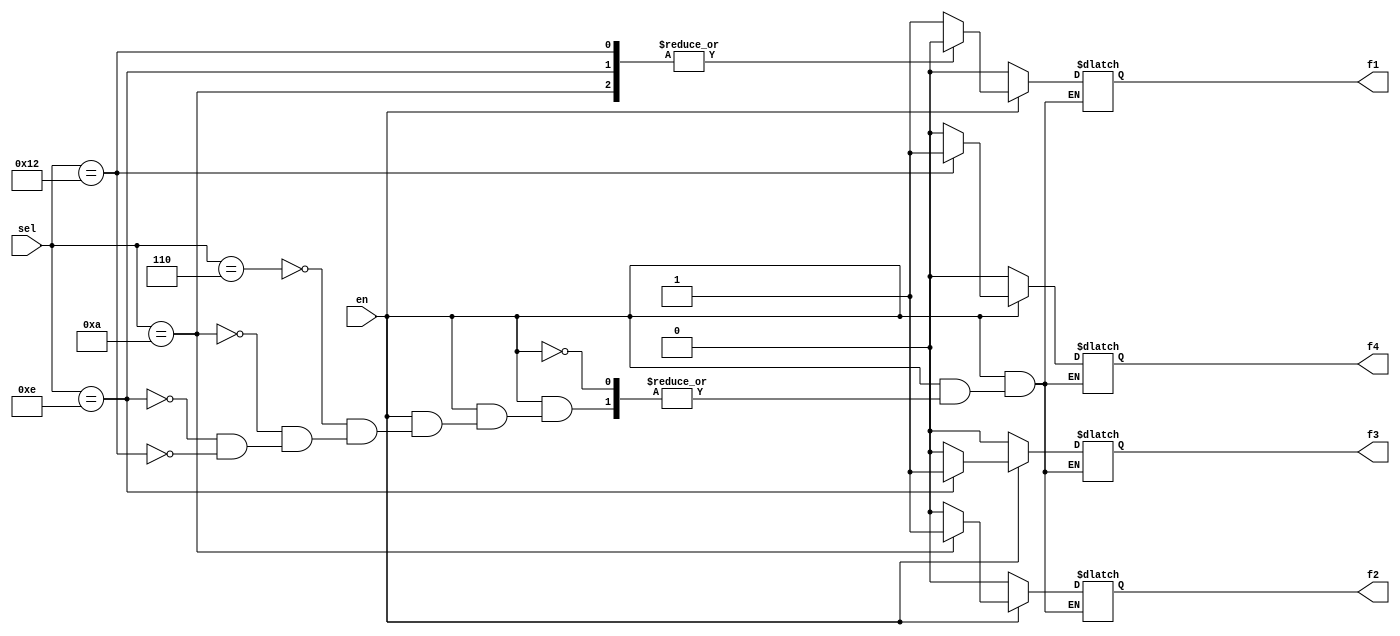
`timescale 1ns / 1ps
//////////////////////////////////////////////////////////////////////////////////
// Company: 
// Engineer: 
// 
// Design Name: 
// Module Name:    dx 
// Project Name: 
// Target Devices: 
// Tool versions: 
// Description: 
//
// Dependencies: 
//
// Revision: 
// Revision 0.01 - File Created
// Additional Comments: 
//
//////////////////////////////////////////////////////////////////////////////////
module dx(en,sel,f1,f2,f3,f4);
input en;
input [4:0]sel;
output f1,f2,f3,f4;
reg f1,f2,f3,f4;
always@(en or sel )begin

if(en==0 )begin
 f1=1'b0;
 f2=1'b0;
 f3=1'b0;
 f4=1'b0;
 end
 else if(en==1 )
begin
case(sel)
5'b00110:begin
        f1=en;
		  f2=1'b0;
		  f3=1'b0;
		  f4=1'b0;
		end
5'b01010:begin
        f1=1'b0;
		  f2=en;
		  f3=1'b0;
		  f4=1'b0;
		end
5'b01110:begin
        f1=1'b0;
		  f2=1'b0;
		  f3=en;
		  f4=1'b0;
		end
5'b10010:begin
        f1=1'b0;
		  f2=1'b0;
		  f3=1'b0;
		  f4=en;
		end
		endcase
	end
end

endmodule